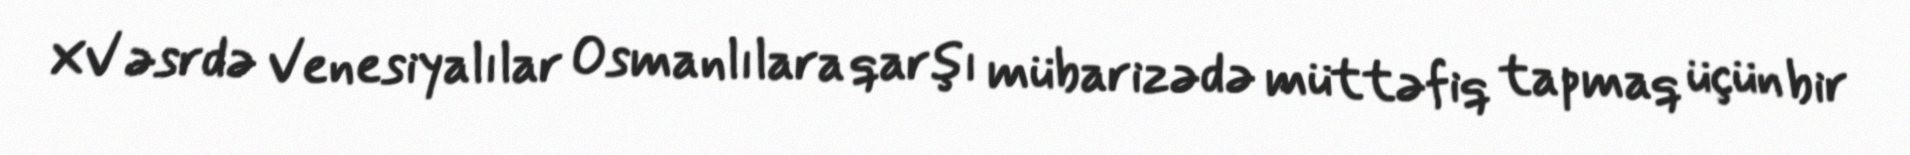
XV əsrdə Venesiyalılar Osmanlılara qarşı mübarizədə müttəfiq tapmaq üçün bir